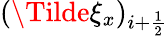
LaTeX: (\Tilde{\xi}_{x})_{i+\frac{1}{2}}